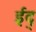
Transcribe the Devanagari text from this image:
ईद्